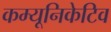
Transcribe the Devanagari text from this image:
कम्यूनिकेटिव